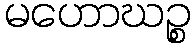
မဟောဃဉ္စ